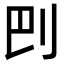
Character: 𠛋